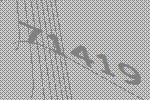
71419